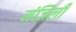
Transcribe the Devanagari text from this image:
मंज़िली